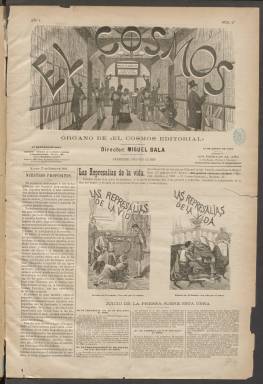
Título: El Cosmos (Madrid)
Colección: Literatura
Ámbito geográfico: Madrid
Lugar de publicación: Madrid
Fechas: 17/01/1884-24/11/1885